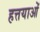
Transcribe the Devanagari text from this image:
हत्तयाओं